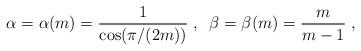
LaTeX: \begin{align*} \alpha=\alpha(m)=\frac{1}{\cos(\pi/(2m))}\;,\;\;\beta=\beta(m)=\frac{m}{m-1}\;,\end{align*}